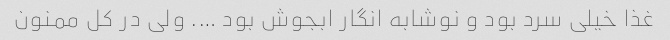
غذا خیلی سرد بود و نوشابه انگار ابجوش بود …. ولی در کل ممنون